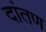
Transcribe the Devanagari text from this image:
दांतण